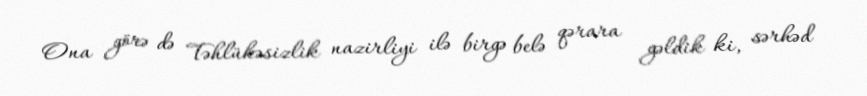
Ona görə də Təhlükəsizlik nazirliyi ilə birgə belə qərara gəldik ki, sərhəd